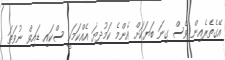
އޭގެތެރެއިން ވެސް ގިނަ ބަޔަކަށް އެންމެ ކަމުދިޔަ އެއްކަމަކީ ސްކައި ޑައިވް ނުވަތަ